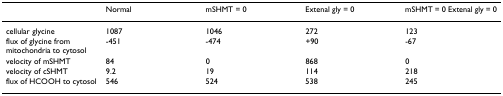
<table><thead><tr><td></td><td><b>Normal</b></td><td><b>mSHMT = 0</b></td><td><b>Extenal gly = 0</b></td><td><b>mSHMT = 0 Extenal gly = 0</b></td></tr></thead><tbody><tr><td>cellular glycine</td><td>1087</td><td>1046</td><td>272</td><td>123</td></tr><tr><td>flux of glycine from mitochondria to cytosol</td><td>-451</td><td>-474</td><td>+90</td><td>-67</td></tr><tr><td>velocity of mSHMT</td><td>84</td><td>0</td><td>868</td><td>0</td></tr><tr><td>velocity of cSHMT</td><td>9.2</td><td>19</td><td>114</td><td>218</td></tr><tr><td>flux of HCOOH to cytosol</td><td>546</td><td>524</td><td>538</td><td>245</td></tr></tbody></table>